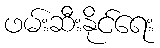
ဖမ်းဆီးနိုင်ရေး